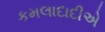
કમલાદાદીએ